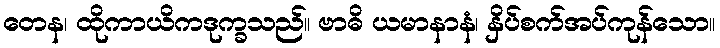
တေန၊ ထိုကာယိကဒုက္ခသည်။ ဗာဓိ ယမာနာနံ၊ နှိပ်စက်အပ်ကုန်သော။